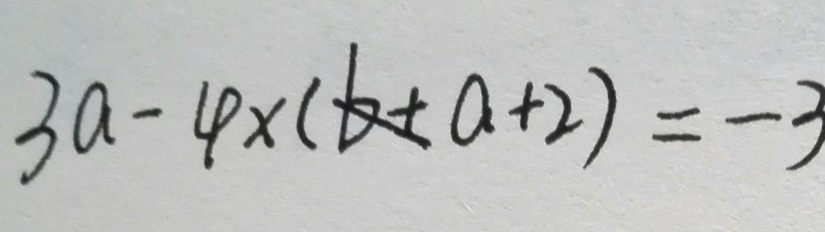
3 a - 4 \times ( b + a + 2 ) = - 3